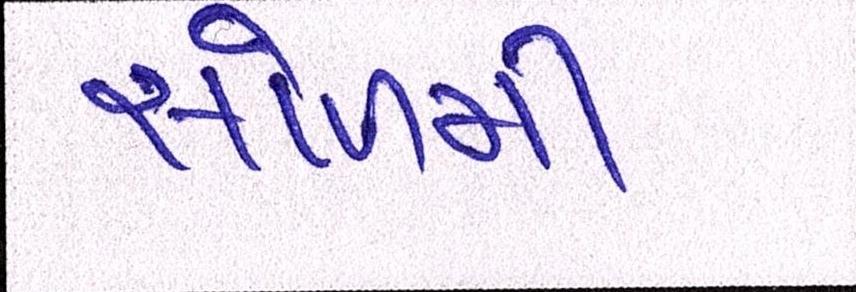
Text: સોળમી